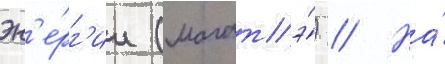
эн'е́рг'ии (магатэ́) // На́